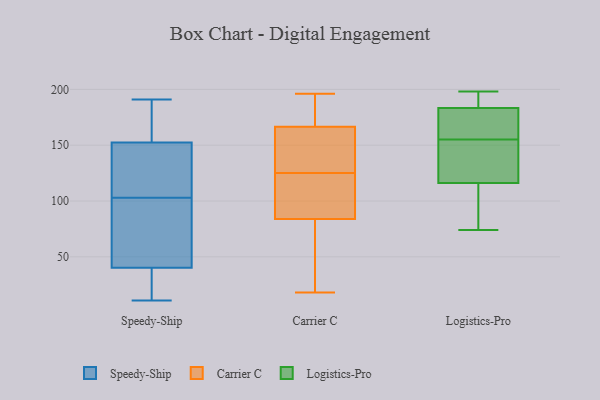
{"axis": {"x": "Satisfaction Score", "y": "Value"}, "legend": ["Carrier C", "Logistics-Pro", "Speedy-Ship"], "data": [{"x": "", "y": 38, "type": "Speedy-Ship"}, {"x": "", "y": 157, "type": "Speedy-Ship"}, {"x": "", "y": 139, "type": "Speedy-Ship"}, {"x": "", "y": 77, "type": "Speedy-Ship"}, {"x": "", "y": 187, "type": "Speedy-Ship"}, {"x": "", "y": 11, "type": "Speedy-Ship"}, {"x": "", "y": 122, "type": "Speedy-Ship"}, {"x": "", "y": 14, "type": "Speedy-Ship"}, {"x": "", "y": 162, "type": "Speedy-Ship"}, {"x": "", "y": 12, "type": "Speedy-Ship"}, {"x": "", "y": 191, "type": "Speedy-Ship"}, {"x": "", "y": 47, "type": "Speedy-Ship"}, {"x": "", "y": 121, "type": "Speedy-Ship"}, {"x": "", "y": 48, "type": "Speedy-Ship"}, {"x": "", "y": 103, "type": "Speedy-Ship"}, {"x": "", "y": 128, "type": "Carrier C"}, {"x": "", "y": 171, "type": "Carrier C"}, {"x": "", "y": 165, "type": "Carrier C"}, {"x": "", "y": 36, "type": "Carrier C"}, {"x": "", "y": 92, "type": "Carrier C"}, {"x": "", "y": 60, "type": "Carrier C"}, {"x": "", "y": 123, "type": "Carrier C"}, {"x": "", "y": 196, "type": "Carrier C"}, {"x": "", "y": 125, "type": "Carrier C"}, {"x": "", "y": 45, "type": "Carrier C"}, {"x": "", "y": 157, "type": "Carrier C"}, {"x": "", "y": 103, "type": "Carrier C"}, {"x": "", "y": 102, "type": "Carrier C"}, {"x": "", "y": 18, "type": "Carrier C"}, {"x": "", "y": 151, "type": "Carrier C"}, {"x": "", "y": 184, "type": "Carrier C"}, {"x": "", "y": 182, "type": "Carrier C"}, {"x": "", "y": 142, "type": "Logistics-Pro"}, {"x": "", "y": 118, "type": "Logistics-Pro"}, {"x": "", "y": 187, "type": "Logistics-Pro"}, {"x": "", "y": 110, "type": "Logistics-Pro"}, {"x": "", "y": 195, "type": "Logistics-Pro"}, {"x": "", "y": 74, "type": "Logistics-Pro"}, {"x": "", "y": 182, "type": "Logistics-Pro"}, {"x": "", "y": 111, "type": "Logistics-Pro"}, {"x": "", "y": 198, "type": "Logistics-Pro"}, {"x": "", "y": 155, "type": "Logistics-Pro"}, {"x": "", "y": 175, "type": "Logistics-Pro"}, {"x": "", "y": 120, "type": "Logistics-Pro"}, {"x": "", "y": 176, "type": "Logistics-Pro"}]}